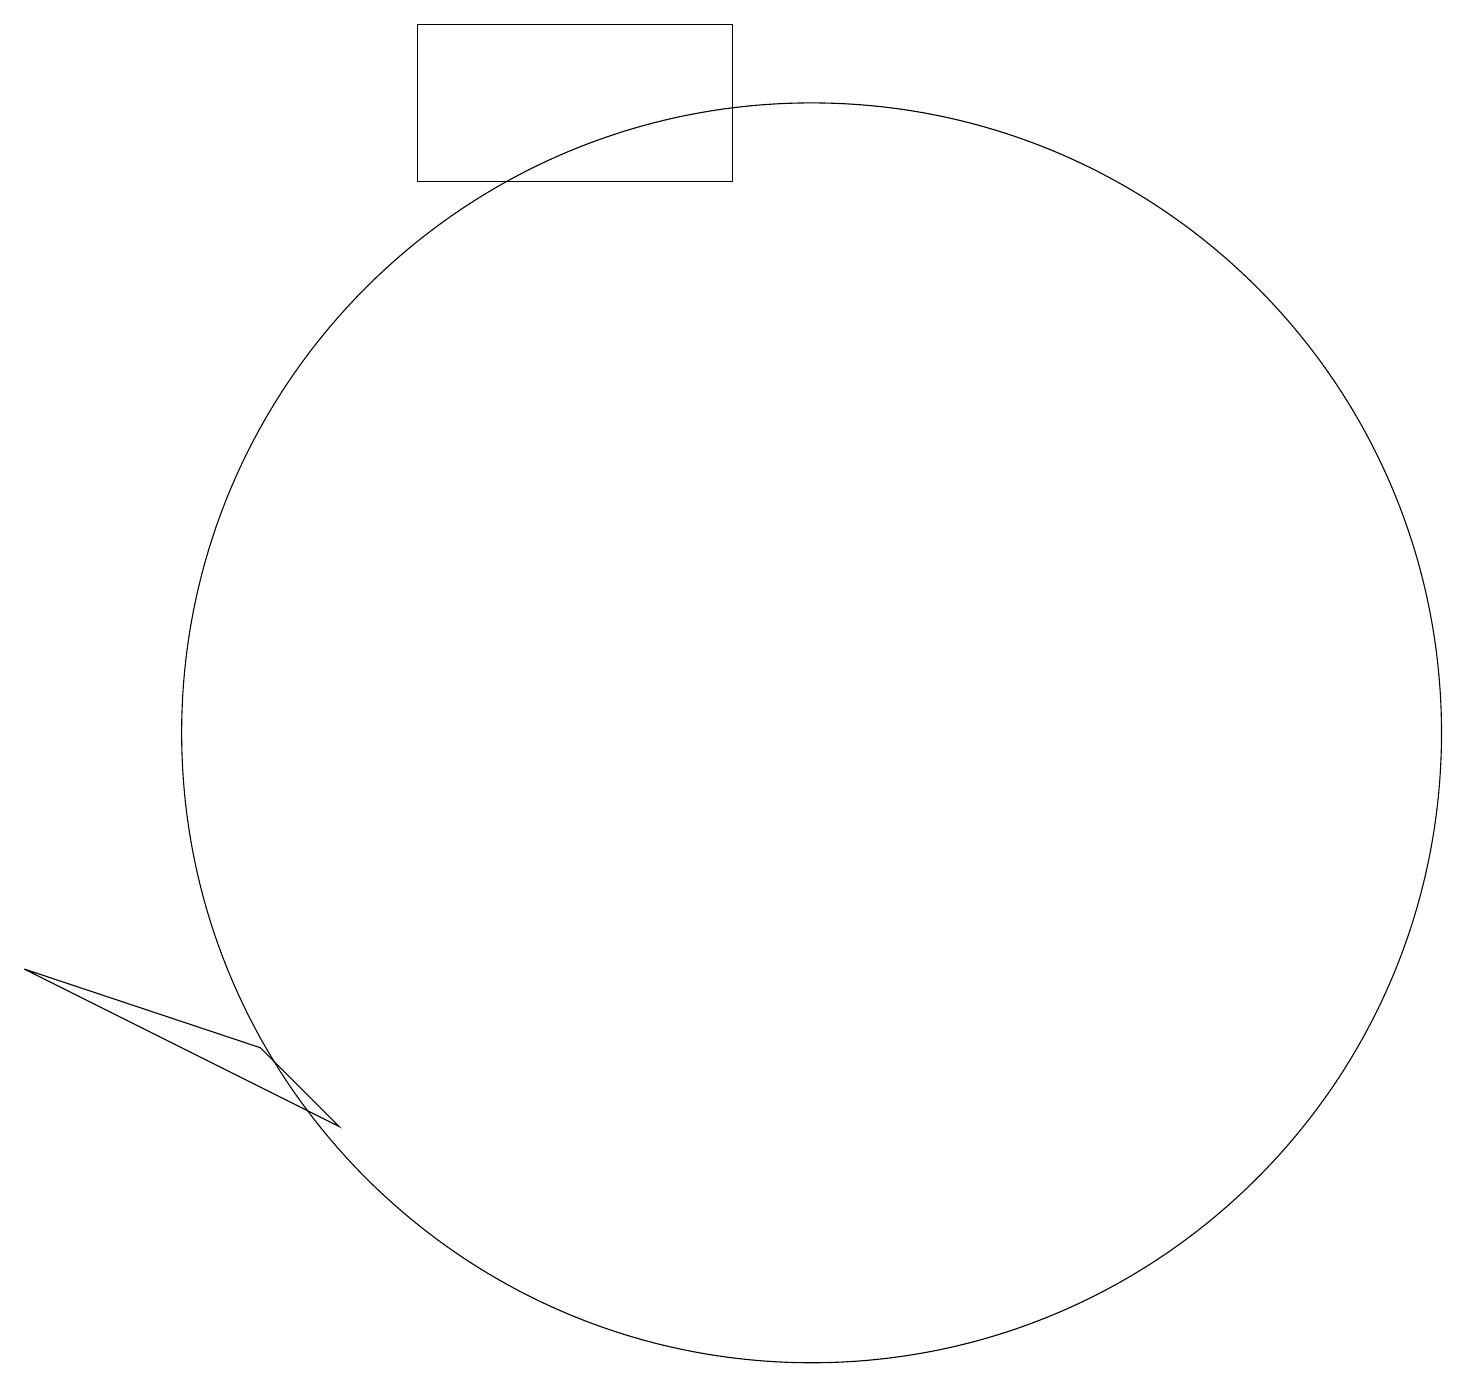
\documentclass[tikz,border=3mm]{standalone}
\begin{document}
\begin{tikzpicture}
\draw (10,10) circle (8);
\draw (3,6) -- (0,7) -- (4,5) -- cycle;
\draw (9,17) rectangle (5,19);
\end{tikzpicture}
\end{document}